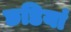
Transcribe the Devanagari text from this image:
छडियां